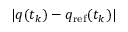
| q ( t _ { k } ) - q _ { \mathrm { r e f } } ( t _ { k } ) |